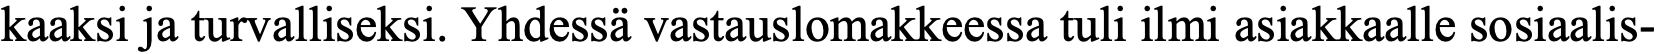
kaaksi ja turvalliseksi. Yhdessä vastauslomakkeessa tuli ilmi asiakkaalle sosiaalis-